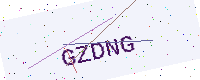
Text: GZDNG